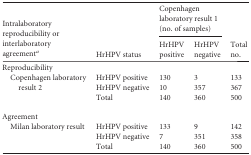
| <ROWSPAN=2> Intralaboratory reproducibility or interlaboratory agreementa | <ROWSPAN=2> HrHPV status | <COLSPAN=2> Copenhagen laboratory result 1 (no. of samples) | <ROWSPAN=2> Total no. |
 | HrHPV positive | HrHPV negative |
 | --- | --- | --- | --- | --- |
 | Reproducibility |  |  |  |  |
 | <ROWSPAN=3> Copenhagen laboratory result 2 | HrHPV positive | 130 | 3 | 133 |
 | HrHPV negative | 10 | 357 | 367 |
 | Total | 140 | 360 | 500 |
 | Agreement |  |  |  |  |
 | Milan laboratory result | HrHPV positive | 133 | 9 | 142 |
 |  | HrHPV negative | 7 | 351 | 358 |
 |  | Total | 140 | 360 | 500 |